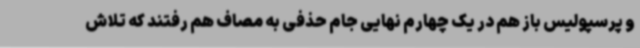
و پرسپولیس باز هم در یک چهارم نهایی جام حذفی به مصاف هم رفتند که تلاش